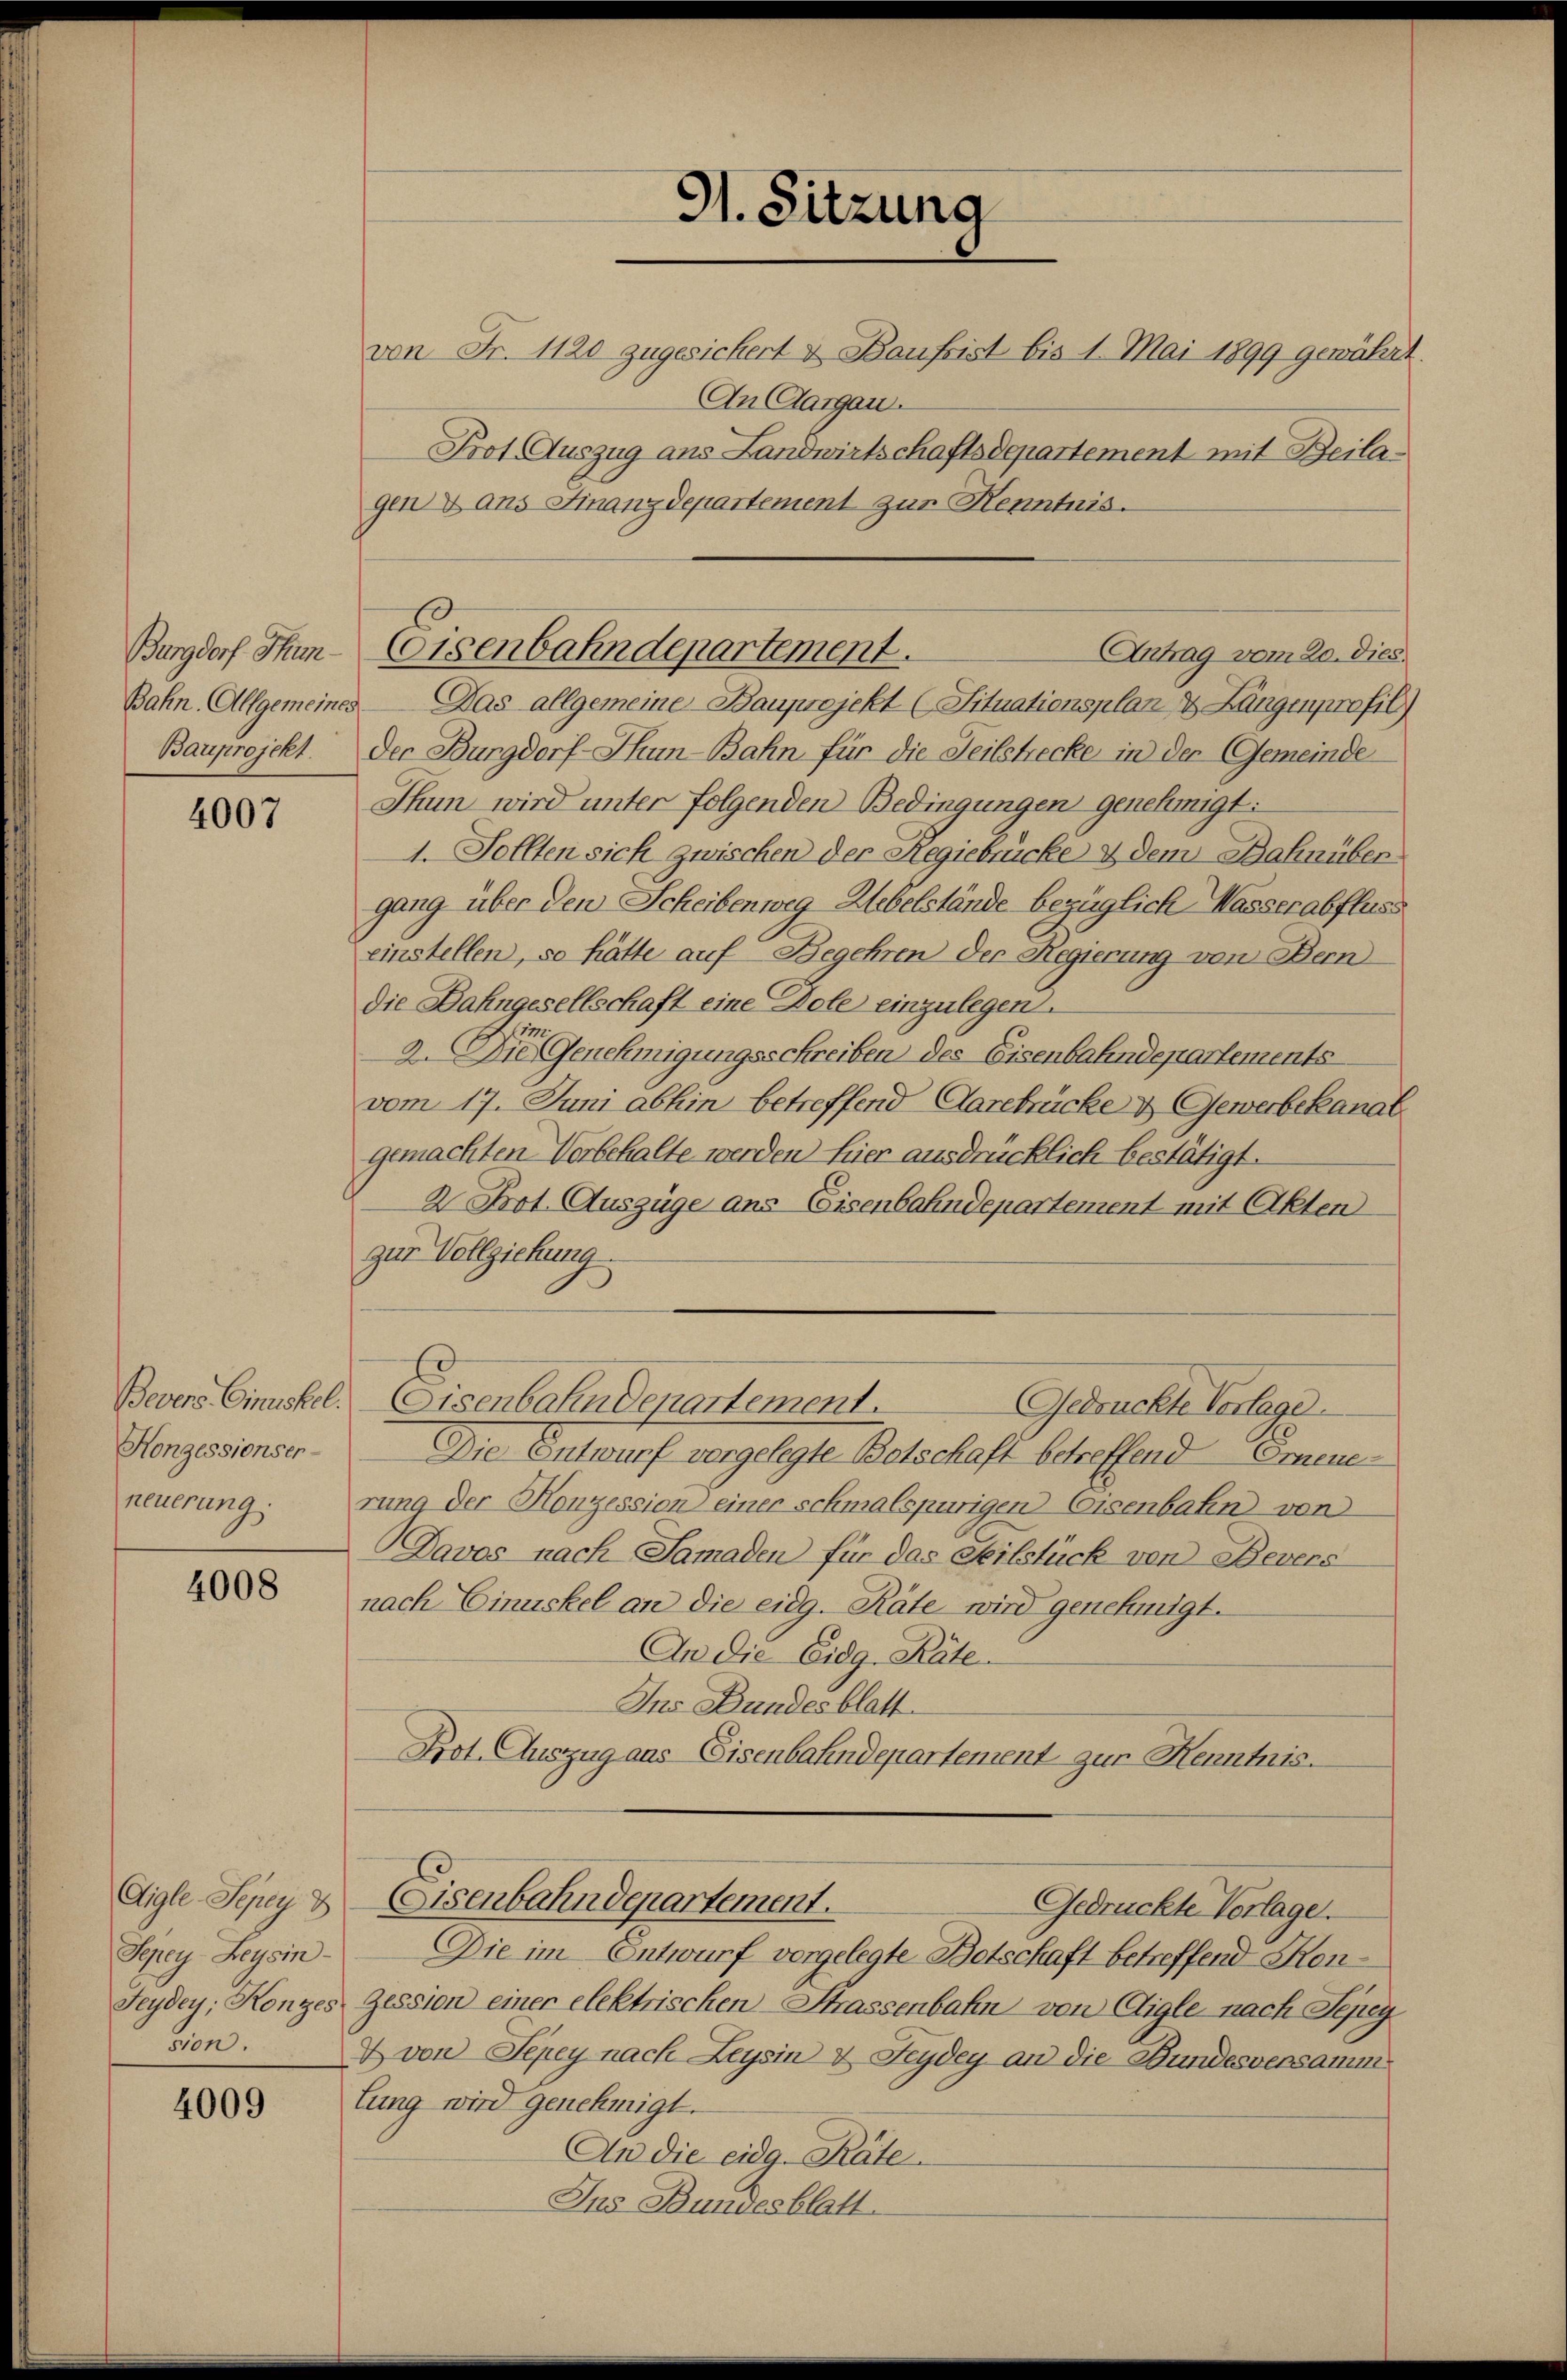
Burgdorf Thun-
Bahn. Allgemeines

4007

Honzessionser-
neuerung:

4008

Aigle Sepey d
Sepey Beysin-
sion.

4009

91. Sitzung

von Fr. 1120 zugesichert & Baufrist bis 1. Mai 1899 gewährt.
An Aargau.
Prot. Auszug aus Landwirtschaftsdepartement mit Beilagen & ans Finanzdepartement zur Kenntnis.
Das allgemeine Bauprojekt (Situationsplan & Längenprofil)
Bauprojekt. Der Burgdorf-Thun-Bahn für die Teilstrecke in der Gemeinde
Thun wird unter folgenden Bedingungen genehmigt:
1. Sollten sich zwischen der Regiebrücke & dem Bahnübergang über den Scheibenweg Uebelstände bezüglich Wasserabfluss
einstellen, so hätte auf Begehren der Regierung von Bern
Die Bahngesellschaft eine Dole einzulegen.
Hie
2. Die Genehmigungsschreiben des Eisenbahndepartements
vom 17. Juni abhin betreffend Aarebrücke & Gewerbekanal
gemachten Vorbehalte werden hier ausdrücklich bestätigt.
2 Prot. Auszüge ans Eisenbahndepartement mit Akten
zur Vollziehung
Bevers Einuskel. Eisenbahndepartement.
Gedruckte Vorlage
Die Entwurf vergelegte Botschaft betreffend Erneue
rung der Konzession einer schmalspurigen Eisenbaten von
Davos nach Samaden für das Teilstück von Bevers
nach Einuskel an die eidg. Räte wird genehmigt.
An die Eidg. Räte.
Ins Bundesblatt
Prot. Auszug aus Eisenbahndepartement zur Kenntnis.
Eisenbahndepartement.
Gedrückte Vorlage.
Die im Entwurf vorgelegte Botschaft betreffend Kon¬
Seydey; Konzes Zession einer elektrischen Strassenbahn von Aigle nach Sejey
I von Pepey nach Leysin & Feydey an die Bundesversamm
lung wird genehmigt.
An die eidg. Räte
Ins Bundesblatt.

Eisenbahndepartement.
Antrag vom 20. dies.